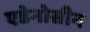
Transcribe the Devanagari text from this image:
एडेनोसीन